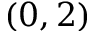
( 0 , 2 )